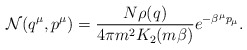
\begin{align*}{\cal N}(q^{\mu},p^{\mu})={ {N\rho (q)}\over {4\pi m^2K_2(m\beta )} }e^{-\beta^{\mu}p_{\mu}}.\end{align*}